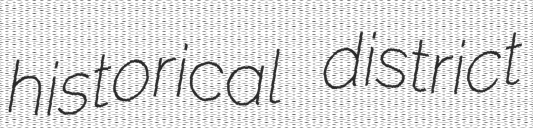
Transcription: historical district